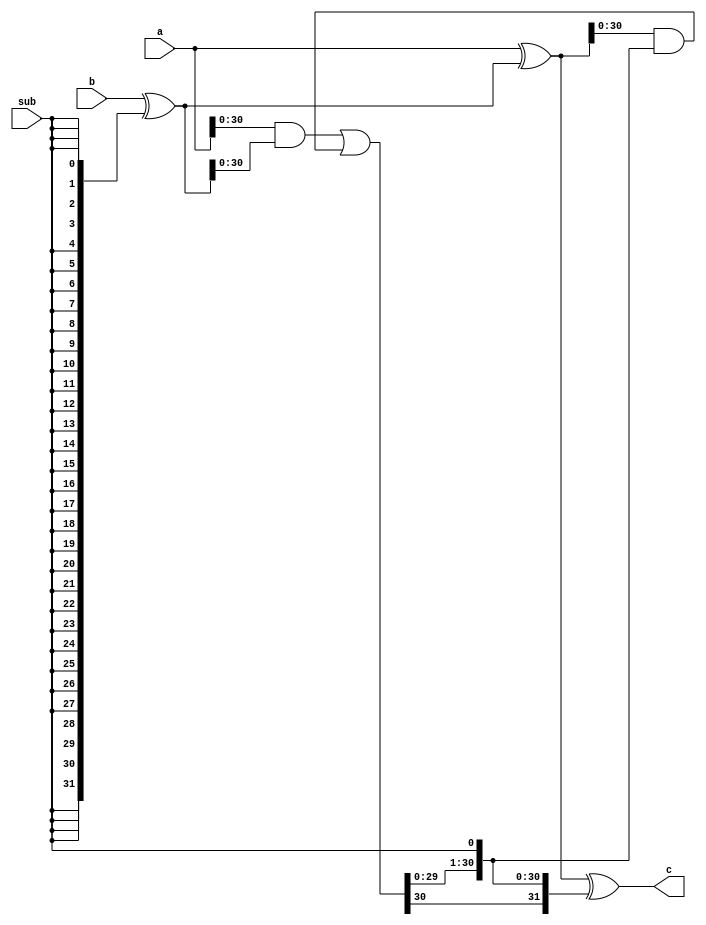
// RCA
module rca #(
  parameter W = 32
  )(
  input          sub,
  input [W-1:0]  a,
  input [W-1:0]  b,
  output [W-1:0] c);
  
  wire [W-1:0] op1 = a;
  // Negate for sub
  wire [W-1:0] op2 = b ^ {W{sub}};
  
  wire [W-1:0] g = op1 & op2;
  wire [W-1:0] p = op1 ^ op2;

  /*verilator lint_off UNOPTFLAT*/
  wire [W:0] carry;
  assign carry = {g | (p & carry[W-1:0]), sub};
  /*verilator lint_on UNOPTFLAT*/

  assign c = p ^ carry[W-1:0];

endmodule